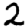
Digit: 2